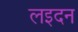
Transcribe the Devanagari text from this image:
लइदन